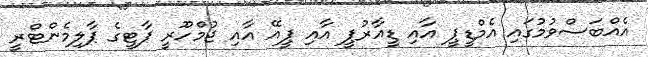
އެއްބަސްވުމުގައި އެމްޑީޕީ އާއި ޑީއާރުޕީ އާއި ޕީއޭ އާއި ޖުމްހޫރީ ޕާޓީގެ ޕާލިމެންޓްރީ